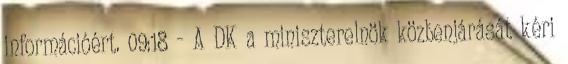
információért. 09:18 - A DK a miniszterelnök közbenjárását kéri